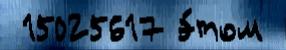
 15025617 э́том